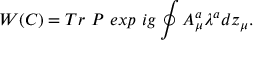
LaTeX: W ( C ) = T r ~ P ~ e x p ~ i g \oint A _ { \mu } ^ { a } \lambda ^ { a } d z _ { \mu } .